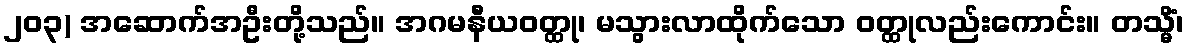
၂၀၃) အဆောက်အဦးတို့သည်။ အဂမနီယဝတ္ထု၊ မသွားလာထိုက်သော ဝတ္ထုလည်းကောင်း။ တသ္မိံ၊